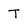
Character: T